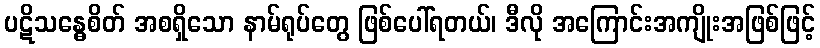
ပဋိသန္ဓေစိတ် အစရှိသော နာမ်ရုပ်တွေ ဖြစ်ပေါ်ရတယ်၊ ဒီလို အကြောင်းအကျိုးအဖြစ်ဖြင့်